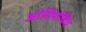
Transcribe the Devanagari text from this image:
ओसिपोव्हिच